Report of the Indian Hemp Drugs Commission, 1894-1895 - Volume IV
Year: 1894
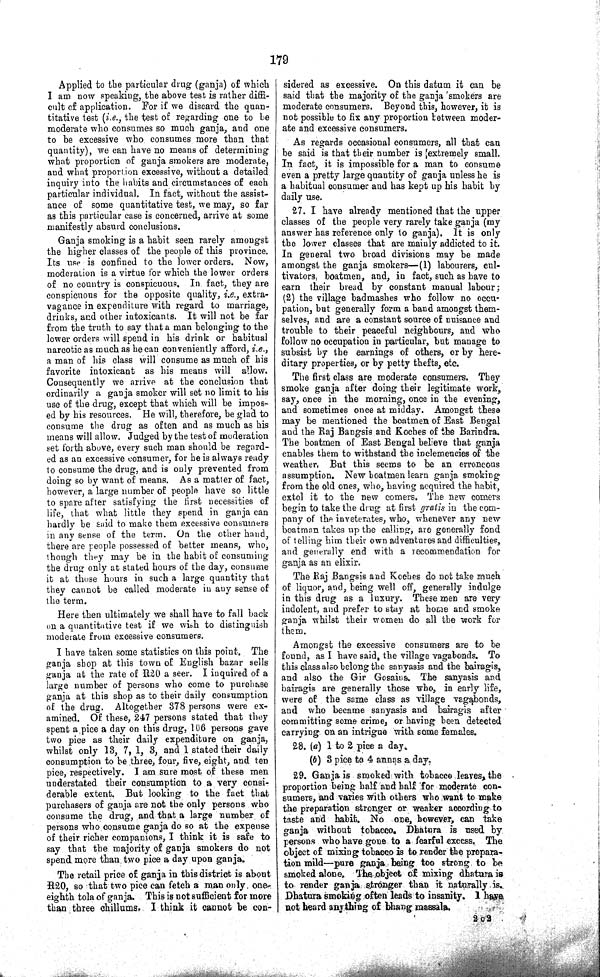
179
Applied to the particular drug (ganja) of which
I am now speaking, the above test is rather diffi¬
cult of application. For if we discard the quan¬
titative test (i.e., the test of regarding one to be
moderate who consumes so much ganja, and one
to be excessive who consumes more than that
quantity), we can have no means of determining
what proportion of ganja smokers are moderate,
and what proportion excessive, without a detailed
inquiry into the habits and circumstances of each
particular individual. In fact, without the assist¬
ance of some quantitative test, we may, so far
as this particular case is concerned, arrive at some
manifestly absurd conclusions.
Ganja smoking is a habit seen rarely amongst
the higher classes of the people of this province.
Its use is confined to the lower orders. Now,
moderation is a virtue for which the lower orders
of no country is conspicuous. In fact, they are
conspicuous for the opposite quality, i.e., extra¬
vagance in expenditure with regard to marriage,
drinks, and other intoxicants. It will not be far
from the truth to say that a man belonging to the
lower orders will spend in his drink or habitual
narcotic as much as he can conveniently afford, i.e.,
a man of his class will consume as much of his
favorite intoxicant as his means will allow.
Consequently we arrive at the conclusion that
ordinarily a ganja smoker will set no limit to his
use of the drug, except that which will be impos¬
ed by his resources. He will, therefore, be glad to
consume the drug as often and as much as his
means will allow. Judged by the test of moderation
set forth above, every such man should be regard¬
ed as an excessive consumer, for he is always ready
to consume the drug, and is only prevented from
doing so by want of means. As a matter of fact,
however, a large number of people have so little
to spare after satisfying the first necessities of
life, that what little they spend in ganja can
hardly be said to make them excessive consumers
in any sense of the term. On the other hand,
there are people possessed of better means, who,
though they may be in the habit of consuming
the drug only at stated hours of the day, consume
it at those hours in such a large quantity that
they cannot be called moderate in any sense of
the term.
Here then ultimately we shall have to fall back
on a quantitative test if we wish to distinguish
moderate from excessive consumers.
I have taken some statistics on this point. The
ganja shop at this town of English bazar sells
ganja at the rate of R20 a seer. I inquired of a
large number of persons who come to purchase
ganja, at this shop as to their daily consumption
of the drug. Altogether 378 persons were ex¬
amined. Of these, 247 persons stated that they
spent a pice a day on this drug, 106 persons gave
two pice as their daily expenditure on ganja,
whilst only 13, 7, 1, 3, and 1 stated their daily
consumption to be three, four, five, eight, and ten
pice, respectively. I am sure most of these men
understated their consumption to a very consi¬
derable extent. But looking to the fact that
purchasers of ganja are not the only persons who
consume the drug, and that a large number of
persons who consume ganja do so at the expense
of their richer companions, I think it is safe to
say that the majority of ganja smokers do not
spend more than two pice a day upon ganja.
The retail price of ganja in this district is about
R20, so that two pice can fetch a man only one
eighth tola of ganja. This is not sufficient for more
than three chillums, I think it cannot be con¬
sidered as excessive. On this datum it can be
said that the majority of the ganja 'smokers are
moderate consumers. Beyond this, however, it is
not possible to fix any proportion between moder¬
ate and excessive consumers.
As regards occasional consumers, all that can
be said is that their number is [extremely small.
In fact, it is impossible for a man to consume
even a pretty large quantity of ganja unless he is
a habitual consumer and has kept up his habit by
daily use.
27. I have already mentioned that the upper
classes of the people very rarely take ganja (my
answer has reference only to ganja). It is only
the lower classes that are mainly addicted to it.
In general two broad divisions may be made
amongst the ganja smokers—(1) labourers, cul¬
tivators, boatmen, and, in fact, such as have to
earn their bread by constant manual labour;
(2) the village badmashes who follow no occu¬
pation, but generally form a band amongst them¬
selves, and are a constant source of nuisance and
trouble to their peaceful neighbours, and who
follow no occupation in particular, but manage to
subsist by the earnings of others, or by here¬
ditary properties, or by petty thefts, etc.
The first class are moderate consumers. They
smoke ganja after doing their legitimate work,
say, once in the morning, once in the evening,
and sometimes once at midday. Amongst these
may be mentioned the boatmen of East Bengal
and the Raj Bangsis and Koches of the Barindra.
The boatmen of East Bengal believe that ganja
enables them to withstand the inclemencies of the
weather. But this seems to be an erroneous
assumption. New boatmen learn ganja smoking
from the old ones, who, having acquired the habit,
extol it to the new comers. The new comers
begin to take the drug at first gratis in the com¬
pany of the inveterates, who, whenever any new
boatman takes up the calling, are generally fond
of telling him their own adventures and difficulties,
and generally end with a recommendation for
ganja as an elixir.
The Raj Bangsis and Koehes do not take much
of liquor, and, being well off, generally indulge
in this drug as a luxury. These men are very
indolent, and prefer to stay at home and smoke
ganja whilst their women do all the work for
them.
Amongst the excessive consumers are to be
found, as I have said, the village vagabonds. To
this class also belong the sanyasis and the bairagis,
and also the Gir Gosains. The sanyasis and
bairagis are generally those who, in early life,
were of the same class as village vagabonds,
and who became sanyasis and bairagis after
committing some crime, or having been detected
carrying on an intrigue with some females.
28. (a) 1 to 2 pice a day.
(b) 3 pice to 4 annas a day.
29. Ganja is smoked with tobacco leaves, the
proportion being half and half for moderate con¬
sumers, and varies with others who want to make
the preparation stronger or weaker according to
taste and habit. No one, however, can take
ganja without tobacco. Dhatura is used by
persons who have gone to a fearful excess. The
object of mixing tobacco is to render the prepara¬
tion mild—pure ganja being too strong to be
smoked alone. The object of mixing dhatura is
to render ganja stronger than it naturally is
Dhatura smoking often leads to insanity. I have
not heard any thing of bhang massala.
2 C 2